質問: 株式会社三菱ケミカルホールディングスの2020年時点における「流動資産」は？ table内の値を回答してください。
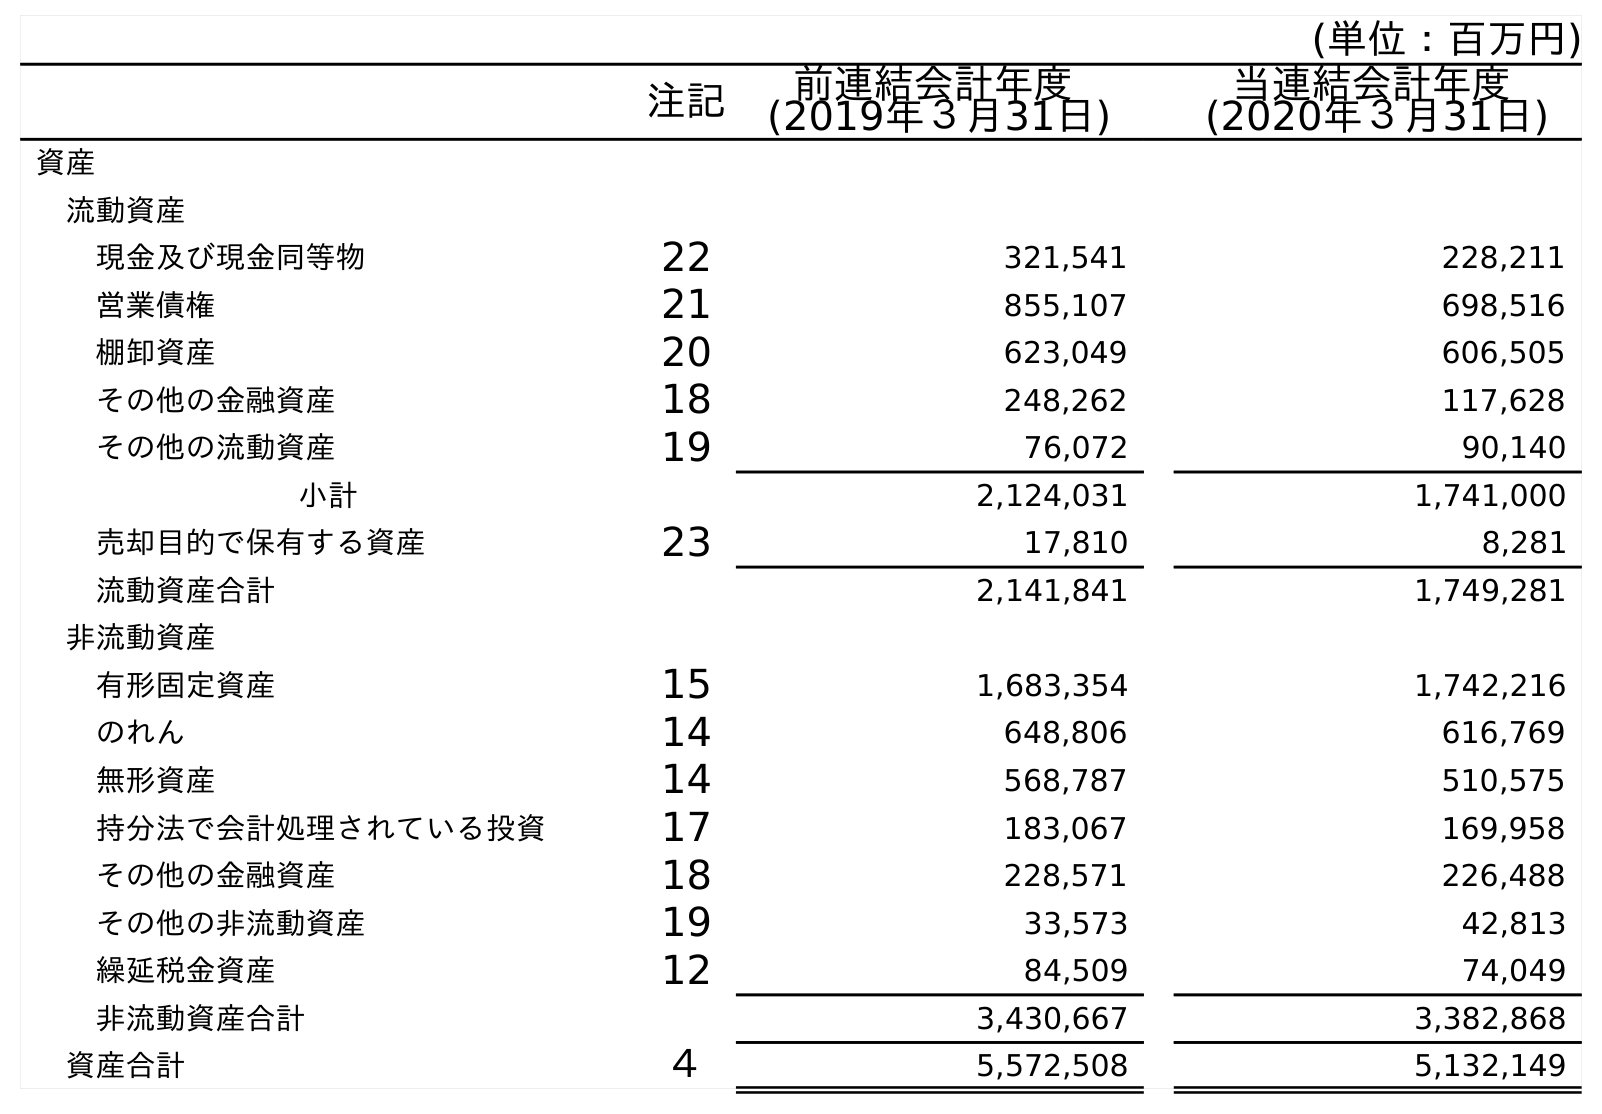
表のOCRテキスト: (単位：百万円) 注記 前連結会計年度 (2019年３月31日) 当連結会計年度 (2020年３月31日) 資産 流動資産 現金及び現金同等物 22 321,541 228,211 営業債権 21 855,107 698,516 棚卸資産 20 623,049 606,505 その他の金融資産 18 248,262 117,628 その他の流動資産 19 76,072 90,140 小計 2,124,031 1,741,000 売却目的で保有する資産 23 17,810 8,281 流動資産合計 2,141,841 1,749,281 非流動資産 有形固定資産 15 1,683,354 1,742,216 のれん 14 648,806 616,769 無形資産 14 568,787 510,575 持分法で会計処理されている投資 17 183,067 169,958 その他の金融資産 18 228,571 226,488 その他の非流動資産 19 33,573 42,813 繰延税金資産 12 84,509 74,049 非流動資産合計 3,430,667 3,382,868 資産合計 ４ 5,572,508 5,132,149
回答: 1,749,281